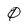
Character: 0